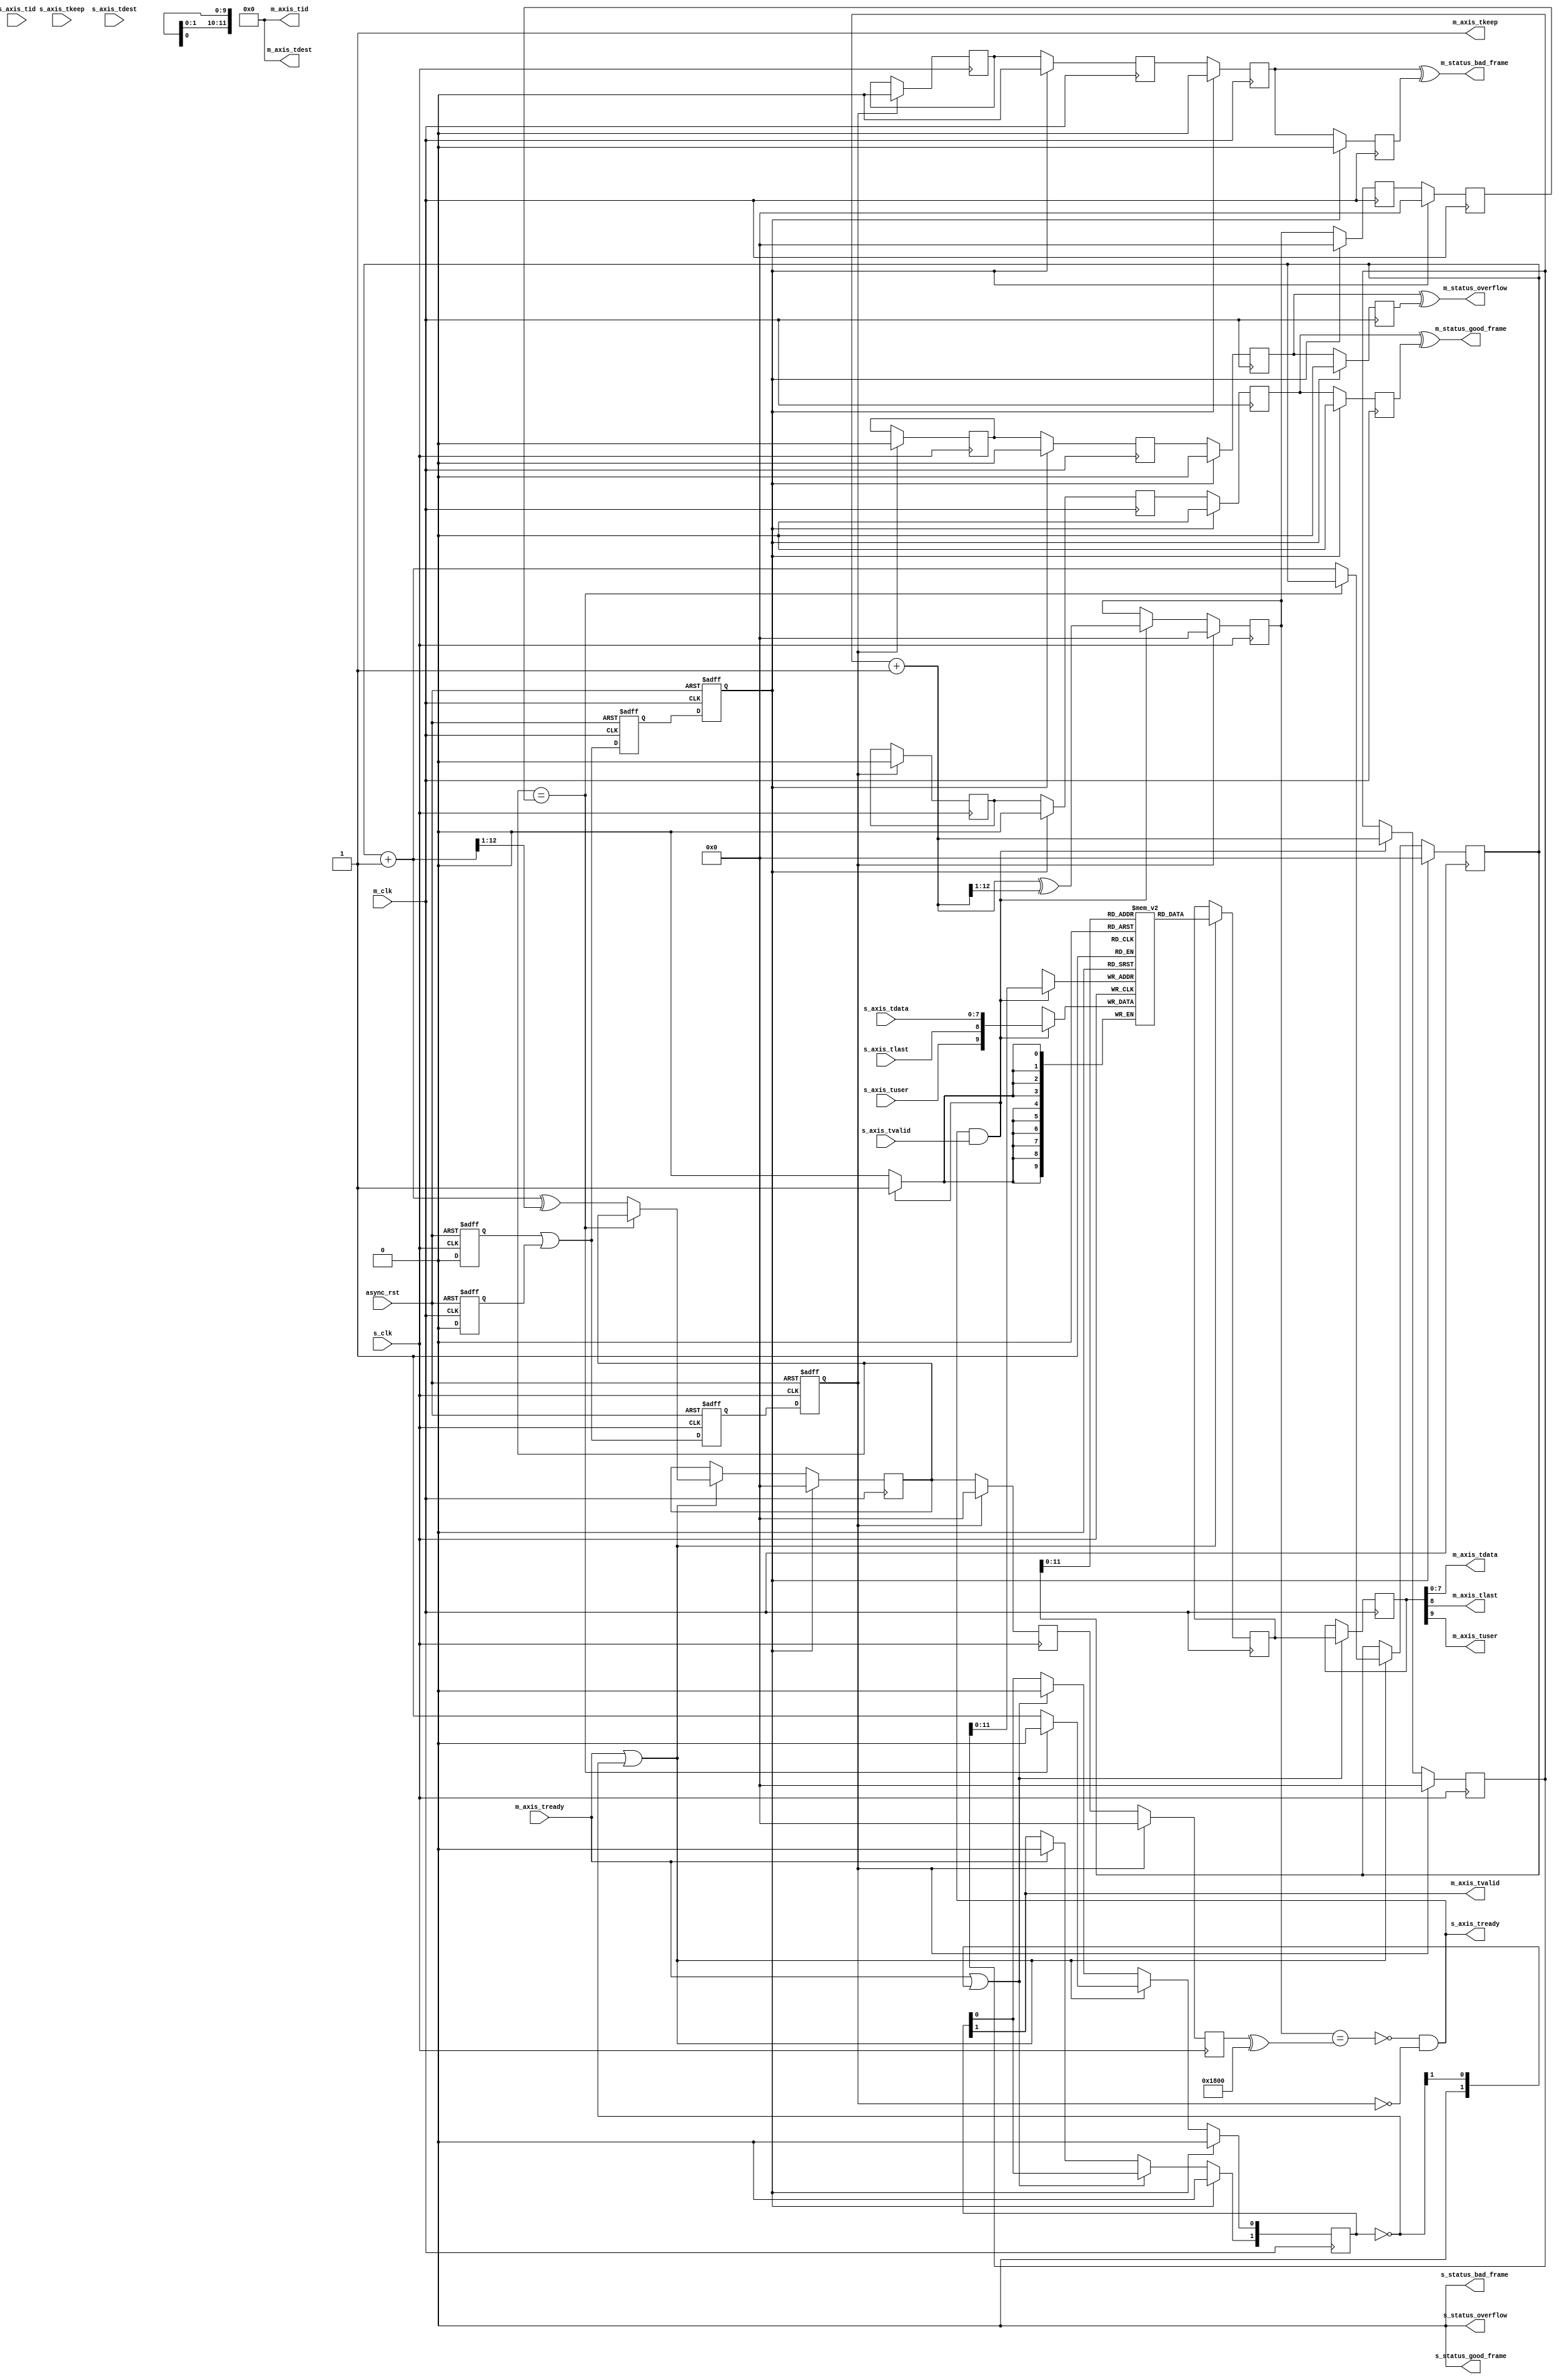
/*

Copyright (c) 2014-2018 Alex Forencich

Permission is hereby granted, free of charge, to any person obtaining a copy
of this software and associated documentation files (the "Software"), to deal
in the Software without restriction, including without limitation the rights
to use, copy, modify, merge, publish, distribute, sublicense, and/or sell
copies of the Software, and to permit persons to whom the Software is
furnished to do so, subject to the following conditions:

The above copyright notice and this permission notice shall be included in
all copies or substantial portions of the Software.

THE SOFTWARE IS PROVIDED "AS IS", WITHOUT WARRANTY OF ANY KIND, EXPRESS OR
IMPLIED, INCLUDING BUT NOT LIMITED TO THE WARRANTIES OF MERCHANTABILITY
FITNESS FOR A PARTICULAR PURPOSE AND NONINFRINGEMENT. IN NO EVENT SHALL THE
AUTHORS OR COPYRIGHT HOLDERS BE LIABLE FOR ANY CLAIM, DAMAGES OR OTHER
LIABILITY, WHETHER IN AN ACTION OF CONTRACT, TORT OR OTHERWISE, ARISING FROM,
OUT OF OR IN CONNECTION WITH THE SOFTWARE OR THE USE OR OTHER DEALINGS IN
THE SOFTWARE.

*/

// Language: Verilog 2001

`timescale 1ns / 1ps

/*
 * AXI4-Stream asynchronous FIFO
 */
module axis_async_fifo #
(
    // FIFO depth in words
    // KEEP_WIDTH words per cycle if KEEP_ENABLE set
    // Rounded up to nearest power of 2 cycles
    parameter DEPTH = 4096,
    // Width of AXI stream interfaces in bits
    parameter DATA_WIDTH = 8,
    // Propagate tkeep signal
    // If disabled, tkeep assumed to be 1'b1
    parameter KEEP_ENABLE = (DATA_WIDTH>8),
    // tkeep signal width (words per cycle)
    parameter KEEP_WIDTH = (DATA_WIDTH/8),
    // Propagate tlast signal
    parameter LAST_ENABLE = 1,
    // Propagate tid signal
    parameter ID_ENABLE = 0,
    // tid signal width
    parameter ID_WIDTH = 8,
    // Propagate tdest signal
    parameter DEST_ENABLE = 0,
    // tdest signal width
    parameter DEST_WIDTH = 8,
    // Propagate tuser signal
    parameter USER_ENABLE = 1,
    // tuser signal width
    parameter USER_WIDTH = 1,
    // number of output pipeline registers
    parameter PIPELINE_OUTPUT = 2,
    // Frame FIFO mode - operate on frames instead of cycles
    // When set, m_axis_tvalid will not be deasserted within a frame
    // Requires LAST_ENABLE set
    parameter FRAME_FIFO = 0,
    // tuser value for bad frame marker
    parameter USER_BAD_FRAME_VALUE = 1'b1,
    // tuser mask for bad frame marker
    parameter USER_BAD_FRAME_MASK = 1'b1,
    // Drop frames marked bad
    // Requires FRAME_FIFO set
    parameter DROP_BAD_FRAME = 0,
    // Drop incoming frames when full
    // When set, s_axis_tready is always asserted
    // Requires FRAME_FIFO set
    parameter DROP_WHEN_FULL = 0
)
(
    /*
     * Common asynchronous reset
     */
    input  wire                   async_rst,

    /*
     * AXI input
     */
    input  wire                   s_clk,
    input  wire [DATA_WIDTH-1:0]  s_axis_tdata,
    input  wire [KEEP_WIDTH-1:0]  s_axis_tkeep,
    input  wire                   s_axis_tvalid,
    output wire                   s_axis_tready,
    input  wire                   s_axis_tlast,
    input  wire [ID_WIDTH-1:0]    s_axis_tid,
    input  wire [DEST_WIDTH-1:0]  s_axis_tdest,
    input  wire [USER_WIDTH-1:0]  s_axis_tuser,

    /*
     * AXI output
     */
    input  wire                   m_clk,
    output wire [DATA_WIDTH-1:0]  m_axis_tdata,
    output wire [KEEP_WIDTH-1:0]  m_axis_tkeep,
    output wire                   m_axis_tvalid,
    input  wire                   m_axis_tready,
    output wire                   m_axis_tlast,
    output wire [ID_WIDTH-1:0]    m_axis_tid,
    output wire [DEST_WIDTH-1:0]  m_axis_tdest,
    output wire [USER_WIDTH-1:0]  m_axis_tuser,

    /*
     * Status
     */
    output wire                   s_status_overflow,
    output wire                   s_status_bad_frame,
    output wire                   s_status_good_frame,
    output wire                   m_status_overflow,
    output wire                   m_status_bad_frame,
    output wire                   m_status_good_frame
);

parameter ADDR_WIDTH = (KEEP_ENABLE && KEEP_WIDTH > 1) ? $clog2(DEPTH/KEEP_WIDTH) : $clog2(DEPTH);

// check configuration
initial begin
    if (PIPELINE_OUTPUT < 1) begin
        $error("Error: PIPELINE_OUTPUT must be at least 1 (instance %m)");
        $finish;
    end

    if (FRAME_FIFO && !LAST_ENABLE) begin
        $error("Error: FRAME_FIFO set requires LAST_ENABLE set (instance %m)");
        $finish;
    end

    if (DROP_BAD_FRAME && !FRAME_FIFO) begin
        $error("Error: DROP_BAD_FRAME set requires FRAME_FIFO set (instance %m)");
        $finish;
    end

    if (DROP_WHEN_FULL && !FRAME_FIFO) begin
        $error("Error: DROP_WHEN_FULL set requires FRAME_FIFO set (instance %m)");
        $finish;
    end

    if (DROP_BAD_FRAME && (USER_BAD_FRAME_MASK & {USER_WIDTH{1'b1}}) == 0) begin
        $error("Error: Invalid USER_BAD_FRAME_MASK value (instance %m)");
        $finish;
    end
end

localparam KEEP_OFFSET = DATA_WIDTH;
localparam LAST_OFFSET = KEEP_OFFSET + (KEEP_ENABLE ? KEEP_WIDTH : 0);
localparam ID_OFFSET   = LAST_OFFSET + (LAST_ENABLE ? 1          : 0);
localparam DEST_OFFSET = ID_OFFSET   + (ID_ENABLE   ? ID_WIDTH   : 0);
localparam USER_OFFSET = DEST_OFFSET + (DEST_ENABLE ? DEST_WIDTH : 0);
localparam WIDTH       = USER_OFFSET + (USER_ENABLE ? USER_WIDTH : 0);

reg [ADDR_WIDTH:0] wr_ptr_reg = {ADDR_WIDTH+1{1'b0}};
reg [ADDR_WIDTH:0] wr_ptr_cur_reg = {ADDR_WIDTH+1{1'b0}};
reg [ADDR_WIDTH:0] wr_ptr_gray_reg = {ADDR_WIDTH+1{1'b0}};
reg [ADDR_WIDTH:0] wr_ptr_sync_gray_reg = {ADDR_WIDTH+1{1'b0}};
reg [ADDR_WIDTH:0] wr_ptr_cur_gray_reg = {ADDR_WIDTH+1{1'b0}};
reg [ADDR_WIDTH:0] rd_ptr_reg = {ADDR_WIDTH+1{1'b0}};
reg [ADDR_WIDTH:0] rd_ptr_gray_reg = {ADDR_WIDTH+1{1'b0}};

reg [ADDR_WIDTH:0] wr_ptr_temp;
reg [ADDR_WIDTH:0] rd_ptr_temp;

(* SHREG_EXTRACT = "NO" *)
reg [ADDR_WIDTH:0] wr_ptr_gray_sync1_reg = {ADDR_WIDTH+1{1'b0}};
(* SHREG_EXTRACT = "NO" *)
reg [ADDR_WIDTH:0] wr_ptr_gray_sync2_reg = {ADDR_WIDTH+1{1'b0}};
(* SHREG_EXTRACT = "NO" *)
reg [ADDR_WIDTH:0] rd_ptr_gray_sync1_reg = {ADDR_WIDTH+1{1'b0}};
(* SHREG_EXTRACT = "NO" *)
reg [ADDR_WIDTH:0] rd_ptr_gray_sync2_reg = {ADDR_WIDTH+1{1'b0}};

reg wr_ptr_update_valid_reg = 1'b0;
reg wr_ptr_update_reg = 1'b0;
(* SHREG_EXTRACT = "NO" *)
reg wr_ptr_update_sync1_reg = 1'b0;
(* SHREG_EXTRACT = "NO" *)
reg wr_ptr_update_sync2_reg = 1'b0;
(* SHREG_EXTRACT = "NO" *)
reg wr_ptr_update_sync3_reg = 1'b0;
(* SHREG_EXTRACT = "NO" *)
reg wr_ptr_update_ack_sync1_reg = 1'b0;
(* SHREG_EXTRACT = "NO" *)
reg wr_ptr_update_ack_sync2_reg = 1'b0;

(* SHREG_EXTRACT = "NO" *)
reg s_rst_sync1_reg = 1'b1;
(* SHREG_EXTRACT = "NO" *)
reg s_rst_sync2_reg = 1'b1;
(* SHREG_EXTRACT = "NO" *)
reg s_rst_sync3_reg = 1'b1;
(* SHREG_EXTRACT = "NO" *)
reg m_rst_sync1_reg = 1'b1;
(* SHREG_EXTRACT = "NO" *)
reg m_rst_sync2_reg = 1'b1;
(* SHREG_EXTRACT = "NO" *)
reg m_rst_sync3_reg = 1'b1;

reg [WIDTH-1:0] mem[(2**ADDR_WIDTH)-1:0];
reg [WIDTH-1:0] mem_read_data_reg;
reg mem_read_data_valid_reg = 1'b0;

wire [WIDTH-1:0] s_axis;

(* SHREG_EXTRACT = "NO" *)
reg [WIDTH-1:0] m_axis_pipe_reg[PIPELINE_OUTPUT-1:0];
(* SHREG_EXTRACT = "NO" *)
reg [PIPELINE_OUTPUT-1:0] m_axis_tvalid_pipe_reg = 1'b0;

// full when first TWO MSBs do NOT match, but rest matches
// (gray code equivalent of first MSB different but rest same)
wire full = wr_ptr_gray_reg == (rd_ptr_gray_sync2_reg ^ {2'b11, {ADDR_WIDTH-1{1'b0}}});
wire full_cur = wr_ptr_cur_gray_reg == (rd_ptr_gray_sync2_reg ^ {2'b11, {ADDR_WIDTH-1{1'b0}}});
// empty when pointers match exactly
wire empty = rd_ptr_gray_reg == (FRAME_FIFO ? wr_ptr_gray_sync1_reg : wr_ptr_gray_sync2_reg);
// overflow within packet
wire full_wr = wr_ptr_reg == (wr_ptr_cur_reg ^ {1'b1, {ADDR_WIDTH{1'b0}}});

// control signals
reg write;
reg read;
reg store_output;

reg drop_frame_reg = 1'b0;
reg overflow_reg = 1'b0;
reg bad_frame_reg = 1'b0;
reg good_frame_reg = 1'b0;

reg overflow_sync1_reg = 1'b0;
reg overflow_sync2_reg = 1'b0;
reg overflow_sync3_reg = 1'b0;
reg overflow_sync4_reg = 1'b0;
reg bad_frame_sync1_reg = 1'b0;
reg bad_frame_sync2_reg = 1'b0;
reg bad_frame_sync3_reg = 1'b0;
reg bad_frame_sync4_reg = 1'b0;
reg good_frame_sync1_reg = 1'b0;
reg good_frame_sync2_reg = 1'b0;
reg good_frame_sync3_reg = 1'b0;
reg good_frame_sync4_reg = 1'b0;

assign s_axis_tready = (FRAME_FIFO ? (!full_cur || full_wr || DROP_WHEN_FULL) : !full) && !s_rst_sync3_reg;

generate
    assign s_axis[DATA_WIDTH-1:0] = s_axis_tdata;
    if (KEEP_ENABLE) assign s_axis[KEEP_OFFSET +: KEEP_WIDTH] = s_axis_tkeep;
    if (LAST_ENABLE) assign s_axis[LAST_OFFSET]               = s_axis_tlast;
    if (ID_ENABLE)   assign s_axis[ID_OFFSET   +: ID_WIDTH]   = s_axis_tid;
    if (DEST_ENABLE) assign s_axis[DEST_OFFSET +: DEST_WIDTH] = s_axis_tdest;
    if (USER_ENABLE) assign s_axis[USER_OFFSET +: USER_WIDTH] = s_axis_tuser;
endgenerate

assign m_axis_tvalid = m_axis_tvalid_pipe_reg[PIPELINE_OUTPUT-1];

assign m_axis_tdata = m_axis_pipe_reg[PIPELINE_OUTPUT-1][DATA_WIDTH-1:0];
assign m_axis_tkeep = KEEP_ENABLE ? m_axis_pipe_reg[PIPELINE_OUTPUT-1][KEEP_OFFSET +: KEEP_WIDTH] : {KEEP_WIDTH{1'b1}};
assign m_axis_tlast = LAST_ENABLE ? m_axis_pipe_reg[PIPELINE_OUTPUT-1][LAST_OFFSET]               : 1'b1;
assign m_axis_tid   = ID_ENABLE   ? m_axis_pipe_reg[PIPELINE_OUTPUT-1][ID_OFFSET   +: ID_WIDTH]   : {ID_WIDTH{1'b0}};
assign m_axis_tdest = DEST_ENABLE ? m_axis_pipe_reg[PIPELINE_OUTPUT-1][DEST_OFFSET +: DEST_WIDTH] : {DEST_WIDTH{1'b0}};
assign m_axis_tuser = USER_ENABLE ? m_axis_pipe_reg[PIPELINE_OUTPUT-1][USER_OFFSET +: USER_WIDTH] : {USER_WIDTH{1'b0}};

assign s_status_overflow = overflow_reg;
assign s_status_bad_frame = bad_frame_reg;
assign s_status_good_frame = good_frame_reg;

assign m_status_overflow = overflow_sync3_reg ^ overflow_sync4_reg;
assign m_status_bad_frame = bad_frame_sync3_reg ^ bad_frame_sync4_reg;
assign m_status_good_frame = good_frame_sync3_reg ^ good_frame_sync4_reg;

// reset synchronization
always @(posedge s_clk or posedge async_rst) begin
    if (async_rst) begin
        s_rst_sync1_reg <= 1'b1;
        s_rst_sync2_reg <= 1'b1;
        s_rst_sync3_reg <= 1'b1;
    end else begin
        s_rst_sync1_reg <= 1'b0;
        s_rst_sync2_reg <= s_rst_sync1_reg || m_rst_sync1_reg;
        s_rst_sync3_reg <= s_rst_sync2_reg;
    end
end

always @(posedge m_clk or posedge async_rst) begin
    if (async_rst) begin
        m_rst_sync1_reg <= 1'b1;
        m_rst_sync2_reg <= 1'b1;
        m_rst_sync3_reg <= 1'b1;
    end else begin
        m_rst_sync1_reg <= 1'b0;
        m_rst_sync2_reg <= s_rst_sync1_reg || m_rst_sync1_reg;
        m_rst_sync3_reg <= m_rst_sync2_reg;
    end
end

// Write logic
always @(posedge s_clk) begin
    overflow_reg <= 1'b0;
    bad_frame_reg <= 1'b0;
    good_frame_reg <= 1'b0;

    if (FRAME_FIFO && wr_ptr_update_valid_reg) begin
        // have updated pointer to sync
        if (wr_ptr_update_reg == wr_ptr_update_ack_sync2_reg) begin
            // no sync in progress; sync update
            wr_ptr_update_valid_reg <= 1'b0;
            wr_ptr_sync_gray_reg <= wr_ptr_gray_reg;
            wr_ptr_update_reg <= !wr_ptr_update_ack_sync2_reg;
        end
    end

    if (s_axis_tready && s_axis_tvalid) begin
        // transfer in
        if (!FRAME_FIFO) begin
            // normal FIFO mode
            mem[wr_ptr_reg[ADDR_WIDTH-1:0]] <= s_axis;
            wr_ptr_temp = wr_ptr_reg + 1;
            wr_ptr_reg <= wr_ptr_temp;
            wr_ptr_gray_reg <= wr_ptr_temp ^ (wr_ptr_temp >> 1);
        end else if (full_cur || full_wr || drop_frame_reg) begin
            // full, packet overflow, or currently dropping frame
            // drop frame
            drop_frame_reg <= 1'b1;
            if (s_axis_tlast) begin
                // end of frame, reset write pointer
                wr_ptr_temp = wr_ptr_reg;
                wr_ptr_cur_reg <= wr_ptr_temp;
                wr_ptr_cur_gray_reg <= wr_ptr_temp ^ (wr_ptr_temp >> 1);
                drop_frame_reg <= 1'b0;
                overflow_reg <= 1'b1;
            end
        end else begin
            mem[wr_ptr_cur_reg[ADDR_WIDTH-1:0]] <= s_axis;
            wr_ptr_temp = wr_ptr_cur_reg + 1;
            wr_ptr_cur_reg <= wr_ptr_temp;
            wr_ptr_cur_gray_reg <= wr_ptr_temp ^ (wr_ptr_temp >> 1);
            if (s_axis_tlast) begin
                // end of frame
                if (DROP_BAD_FRAME && USER_BAD_FRAME_MASK & ~(s_axis_tuser ^ USER_BAD_FRAME_VALUE)) begin
                    // bad packet, reset write pointer
                    wr_ptr_temp = wr_ptr_reg;
                    wr_ptr_cur_reg <= wr_ptr_temp;
                    wr_ptr_cur_gray_reg <= wr_ptr_temp ^ (wr_ptr_temp >> 1);
                    bad_frame_reg <= 1'b1;
                end else begin
                    // good packet, update write pointer
                    wr_ptr_temp = wr_ptr_cur_reg + 1;
                    wr_ptr_reg <= wr_ptr_temp;
                    wr_ptr_gray_reg <= wr_ptr_temp ^ (wr_ptr_temp >> 1);

                    if (wr_ptr_update_reg == wr_ptr_update_ack_sync2_reg) begin
                        // no sync in progress; sync update
                        wr_ptr_update_valid_reg <= 1'b0;
                        wr_ptr_sync_gray_reg <= wr_ptr_temp ^ (wr_ptr_temp >> 1);
                        wr_ptr_update_reg <= !wr_ptr_update_ack_sync2_reg;
                    end else begin
                        // sync in progress; flag it for later
                        wr_ptr_update_valid_reg <= 1'b1;
                    end

                    good_frame_reg <= 1'b1;
                end
            end
        end
    end

    if (s_rst_sync3_reg) begin
        wr_ptr_reg <= {ADDR_WIDTH+1{1'b0}};
        wr_ptr_cur_reg <= {ADDR_WIDTH+1{1'b0}};
        wr_ptr_gray_reg <= {ADDR_WIDTH+1{1'b0}};
        wr_ptr_sync_gray_reg <= {ADDR_WIDTH+1{1'b0}};
        wr_ptr_cur_gray_reg <= {ADDR_WIDTH+1{1'b0}};

        wr_ptr_update_valid_reg <= 1'b0;
        wr_ptr_update_reg <= 1'b0;

        drop_frame_reg <= 1'b0;
        overflow_reg <= 1'b0;
        bad_frame_reg <= 1'b0;
        good_frame_reg <= 1'b0;
    end
end

// pointer synchronization
always @(posedge s_clk) begin
    rd_ptr_gray_sync1_reg <= rd_ptr_gray_reg;
    rd_ptr_gray_sync2_reg <= rd_ptr_gray_sync1_reg;
    wr_ptr_update_ack_sync1_reg <= wr_ptr_update_sync3_reg;
    wr_ptr_update_ack_sync2_reg <= wr_ptr_update_ack_sync1_reg;

    if (s_rst_sync3_reg) begin
        rd_ptr_gray_sync1_reg <= {ADDR_WIDTH+1{1'b0}};
        rd_ptr_gray_sync2_reg <= {ADDR_WIDTH+1{1'b0}};
        wr_ptr_update_ack_sync1_reg <= 1'b0;
        wr_ptr_update_ack_sync2_reg <= 1'b0;
    end
end

always @(posedge m_clk) begin
    if (!FRAME_FIFO) begin
        wr_ptr_gray_sync1_reg <= wr_ptr_gray_reg;
    end else if (wr_ptr_update_sync2_reg ^ wr_ptr_update_sync3_reg) begin
        wr_ptr_gray_sync1_reg <= wr_ptr_sync_gray_reg;
    end
    wr_ptr_gray_sync2_reg <= wr_ptr_gray_sync1_reg;
    wr_ptr_update_sync1_reg <= wr_ptr_update_reg;
    wr_ptr_update_sync2_reg <= wr_ptr_update_sync1_reg;
    wr_ptr_update_sync3_reg <= wr_ptr_update_sync2_reg;

    if (m_rst_sync3_reg) begin
        wr_ptr_gray_sync1_reg <= {ADDR_WIDTH+1{1'b0}};
        wr_ptr_gray_sync2_reg <= {ADDR_WIDTH+1{1'b0}};
        wr_ptr_update_sync1_reg <= 1'b0;
        wr_ptr_update_sync2_reg <= 1'b0;
        wr_ptr_update_sync3_reg <= 1'b0;
    end
end

// status synchronization
always @(posedge s_clk) begin
    overflow_sync1_reg <= overflow_sync1_reg ^ overflow_reg;
    bad_frame_sync1_reg <= bad_frame_sync1_reg ^ bad_frame_reg;
    good_frame_sync1_reg <= good_frame_sync1_reg ^ good_frame_reg;

    if (s_rst_sync3_reg) begin
        overflow_sync1_reg <= 1'b0;
        bad_frame_sync1_reg <= 1'b0;
        good_frame_sync1_reg <= 1'b0;
    end
end

always @(posedge m_clk) begin
    overflow_sync2_reg <= overflow_sync1_reg;
    overflow_sync3_reg <= overflow_sync2_reg;
    overflow_sync4_reg <= overflow_sync3_reg;
    bad_frame_sync2_reg <= bad_frame_sync1_reg;
    bad_frame_sync3_reg <= bad_frame_sync2_reg;
    bad_frame_sync4_reg <= bad_frame_sync3_reg;
    good_frame_sync2_reg <= good_frame_sync1_reg;
    good_frame_sync3_reg <= good_frame_sync2_reg;
    good_frame_sync4_reg <= good_frame_sync3_reg;

    if (m_rst_sync3_reg) begin
        overflow_sync2_reg <= 1'b0;
        overflow_sync3_reg <= 1'b0;
        overflow_sync4_reg <= 1'b0;
        bad_frame_sync2_reg <= 1'b0;
        bad_frame_sync3_reg <= 1'b0;
        bad_frame_sync4_reg <= 1'b0;
        good_frame_sync2_reg <= 1'b0;
        good_frame_sync3_reg <= 1'b0;
        good_frame_sync4_reg <= 1'b0;
    end
end

// Read logic
integer j;

always @(posedge m_clk) begin
    if (m_axis_tready) begin
        // output ready; invalidate stage
        m_axis_tvalid_pipe_reg[PIPELINE_OUTPUT-1] <= 1'b0;
    end

    for (j = PIPELINE_OUTPUT-1; j > 0; j = j - 1) begin
        if (m_axis_tready || ((~m_axis_tvalid_pipe_reg) >> j)) begin
            // output ready or bubble in pipeline; transfer down pipeline
            m_axis_tvalid_pipe_reg[j] <= m_axis_tvalid_pipe_reg[j-1];
            m_axis_pipe_reg[j] <= m_axis_pipe_reg[j-1];
            m_axis_tvalid_pipe_reg[j-1] <= 1'b0;
        end
    end

    if (m_axis_tready || ~m_axis_tvalid_pipe_reg) begin
        // output ready or bubble in pipeline; read new data from FIFO
        m_axis_tvalid_pipe_reg[0] <= 1'b0;
        m_axis_pipe_reg[0] <= mem[rd_ptr_reg[ADDR_WIDTH-1:0]];
        if (!empty) begin
            // not empty, increment pointer
            m_axis_tvalid_pipe_reg[0] <= 1'b1;
            rd_ptr_temp = rd_ptr_reg + 1;
            rd_ptr_reg <= rd_ptr_temp;
            rd_ptr_gray_reg <= rd_ptr_temp ^ (rd_ptr_temp >> 1);
        end
    end

    if (m_rst_sync3_reg) begin
        rd_ptr_reg <= {ADDR_WIDTH+1{1'b0}};
        rd_ptr_gray_reg <= {ADDR_WIDTH+1{1'b0}};
        m_axis_tvalid_pipe_reg <= {PIPELINE_OUTPUT{1'b0}};
    end
end

endmodule